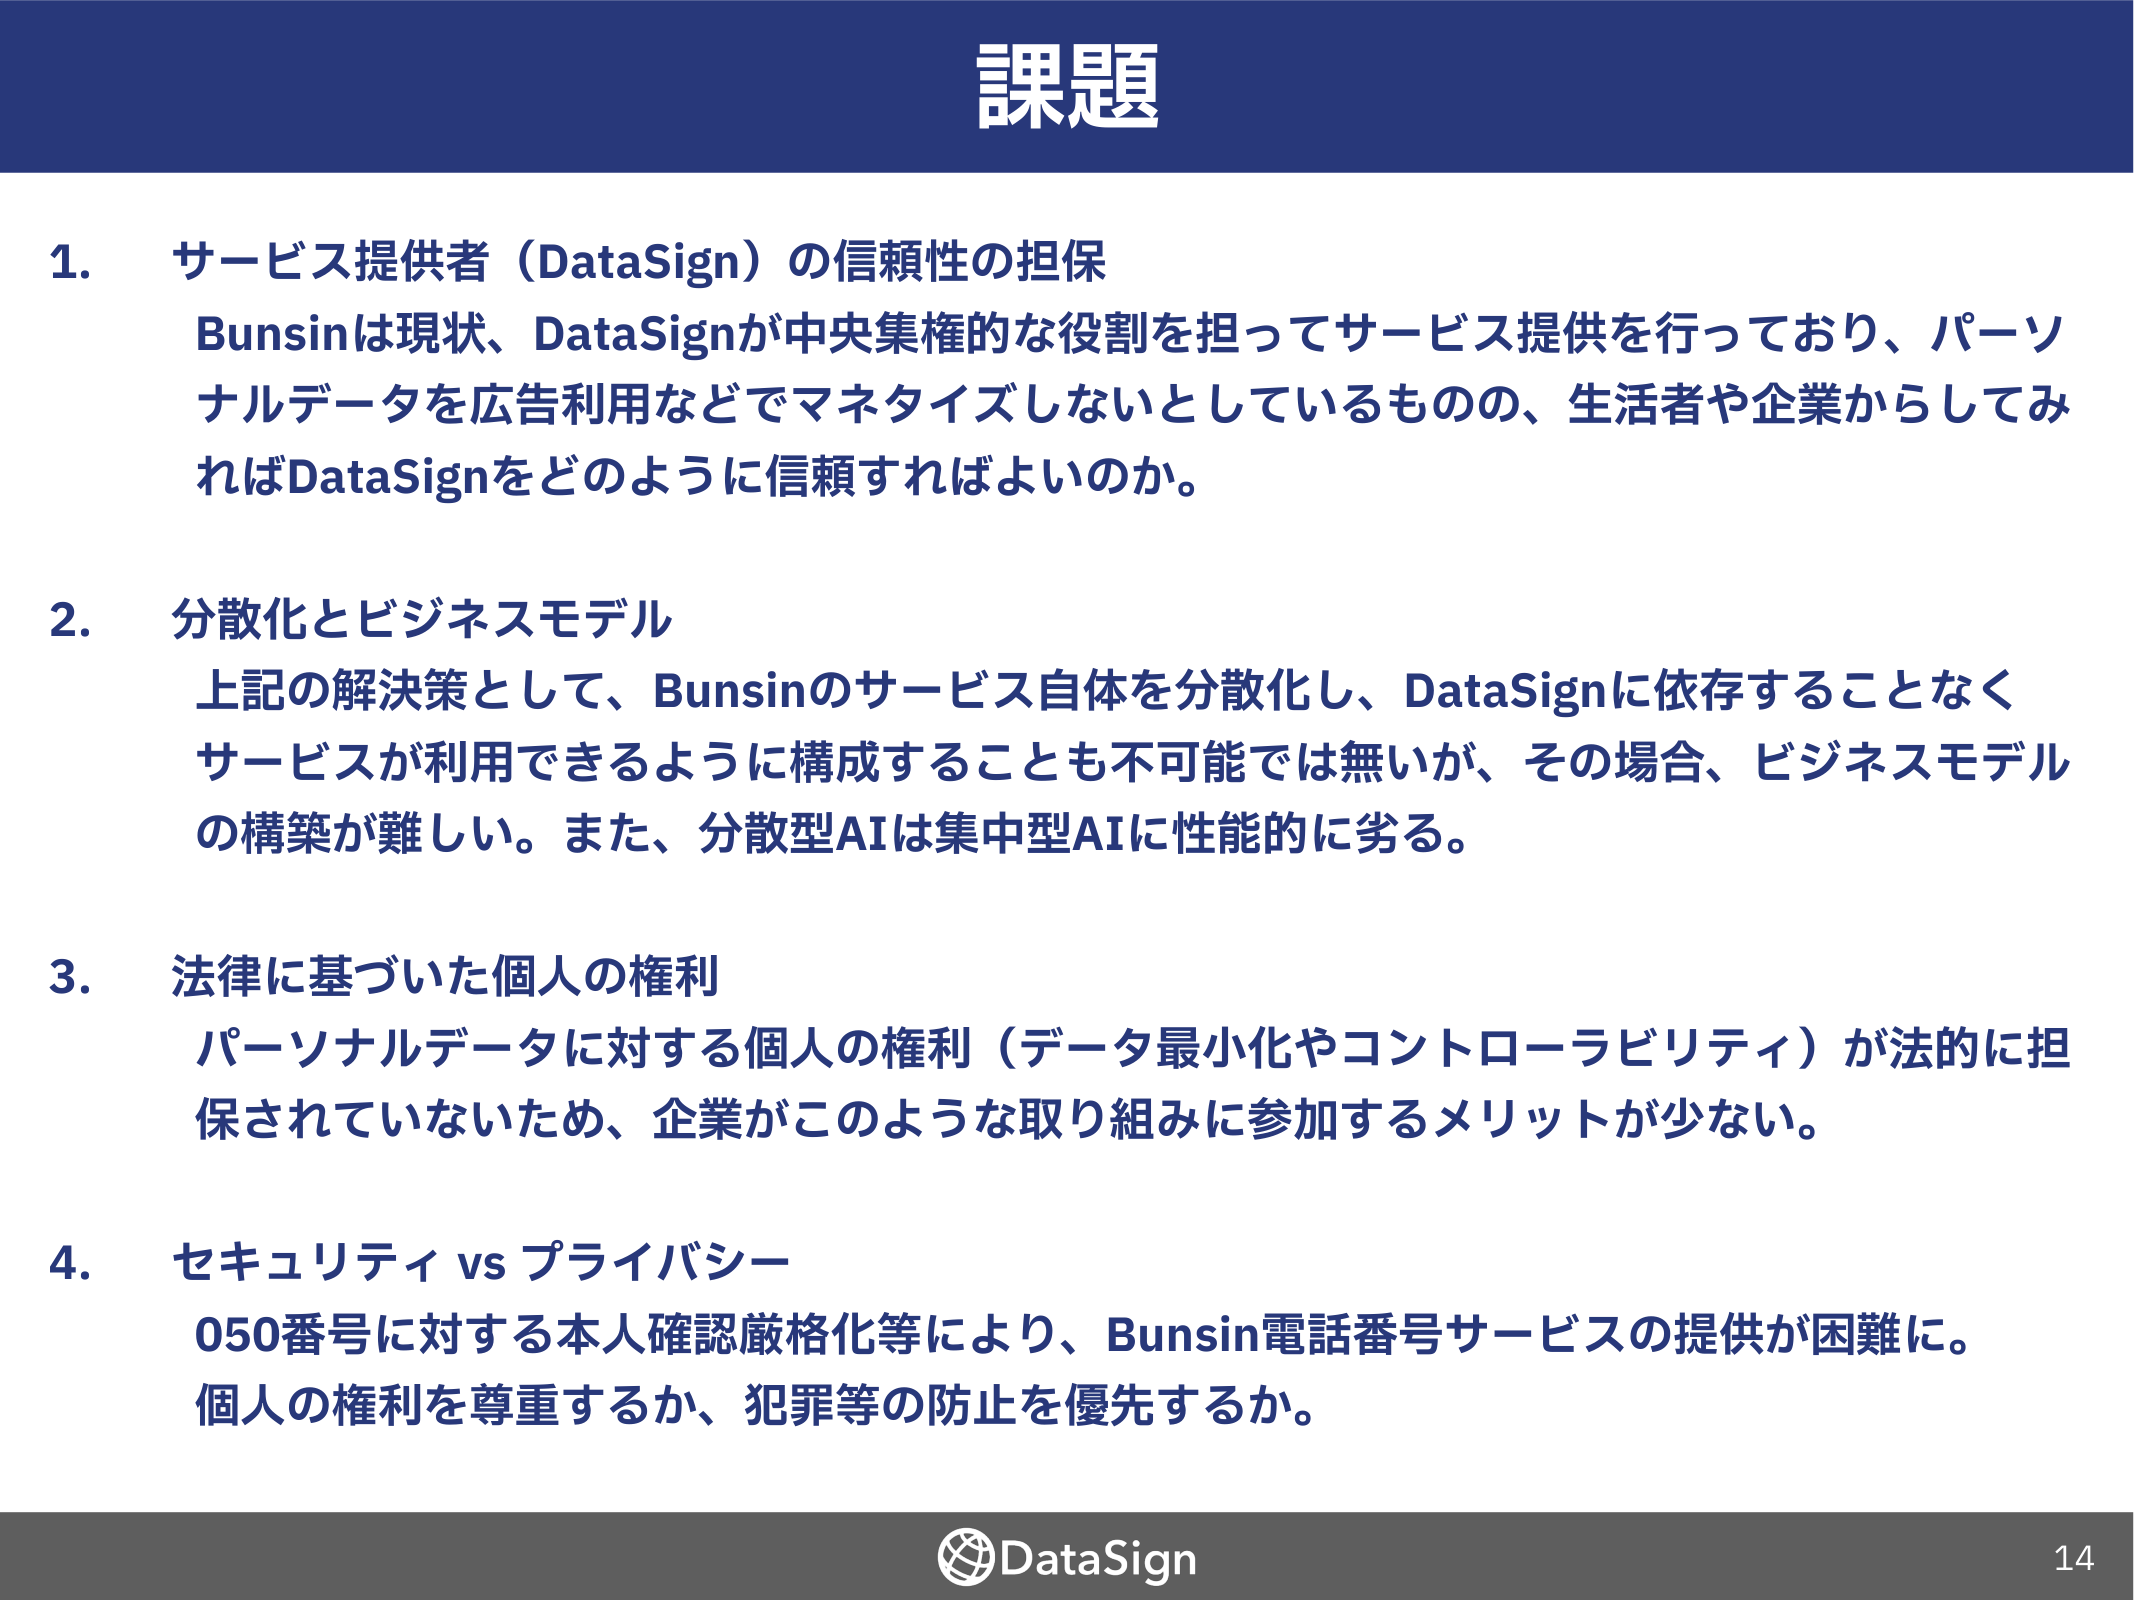
課題

1. サービス提供者（DataSign）の信頼性の担保
Bunsinは現状、DataSignが中央集権的な役割を担ってサービス提供を行っており、パーソナルデータを広告利用などでマネタイズしないとしているものの、生活者や企業からしてみればDataSignをどのように信頼すればよいのか。

2. 分散化とビジネスモデル
上記の解決策として、Bunsinのサービス自体を分散化し、DataSignに依存することなくサービスが利用できるように構成することも不可能では無いが、その場合、ビジネスモデルの構築が難しい。また、分散型AIは集中型AIに性能的に劣る。

3. 法律に基づいた個人の権利
パーソナルデータに対する個人の権利（データ最小化やコントローラビリティ）が法的に担保されていないため、企業がこのような取り組みに参加するメリットが少ない。

4. セキュリティ vs プライバシー
050番号に対する本人確認厳格化等により、Bunsin電話番号サービスの提供が困難に。個人の権利を尊重するか、犯罪等の防止を優先するか。

DataSign
14